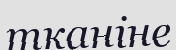
тканіне